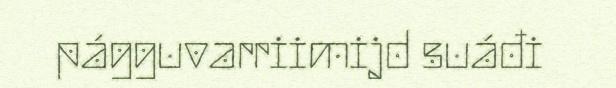
págguvarriimijd suáđi